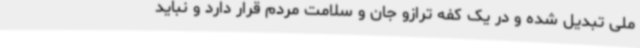
ملی تبدیل شده و در یک کفه ترازو جان و سلامت مردم قرار دارد و نباید